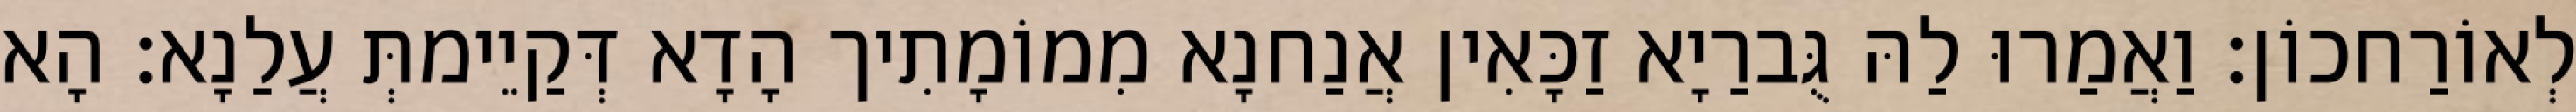
לְאוֹרַחכוֹן׃ וַאֲמַרוּ לַהּ גֻּברַיָא זַכָּאִין אֲנַחנָא מִמוֹמָתִיך הָדָא דְּקַיֵימתְּ עֲלַנָא׃ הָא